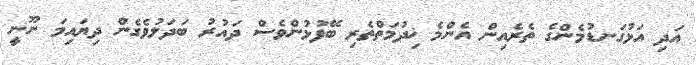
އަދި އަޅުގަނޑުމެންގެ ތެރެއިން އެންމެ ޚިދުމަތްތެރި ބޭފުޅުންވެސް ދައުރު ބަދަލުވެގެން ދިޔައިމަ ނޫނީ